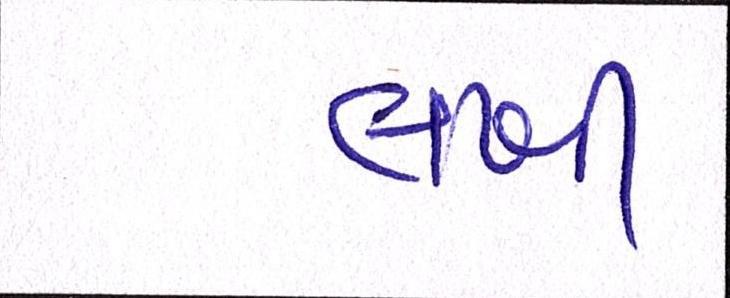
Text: લખી